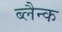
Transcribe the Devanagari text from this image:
ब्लैन्क